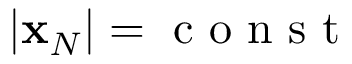
| { \bf x } _ { N } | = \mathrm { ~ c ~ o ~ n ~ s ~ t ~ }